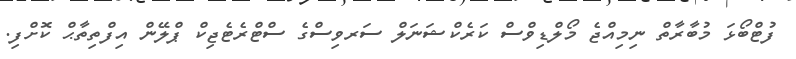
ފުޓްބޯޅަ މުބާރާތް ނިމިއްޖެ މޯލްޑިވްސް ކަރެކްޝަނަލް ސަރވިސްގެ ސްޓްރެޓެޖިކް ޕްލޭން އިފްތިތާޙް ކޮށްފި.